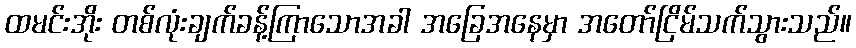
ထမင်းအိုး တစ်လုံးချက်ခန့်ကြာသောအခါ အခြေအနေမှာ အတော်ငြိမ်သက်သွားသည်။